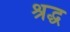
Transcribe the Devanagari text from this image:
श्रद्ध